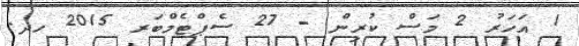
1 އަހަރު 2 މަސް ކުރިން - 27 ސެޕްޓެމްބަރ 2015 ހދ.